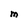
Character: M